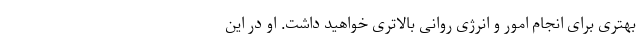
بهتری برای انجام امور و انرژی روانی بالاتری خواهید داشت. او در این